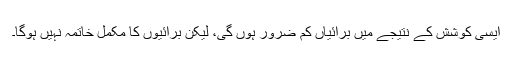
ایسی کوشش کے نتیجے میں برائیاں کم ضرور ہوں گی، لیکن برائیوں کا مکمل خاتمہ نہیں ہوگا۔